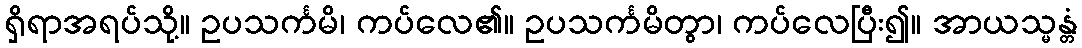
ရှိရာအရပ်သို့။ ဥပသင်္ကမိ၊ ကပ်လေ၏။ ဥပသင်္ကမိတွာ၊ ကပ်လေပြီး၍။ အာယသ္မန္တံ